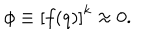
\phi \equiv \left[ f ( q ) \right] ^ { k } \approx 0 .